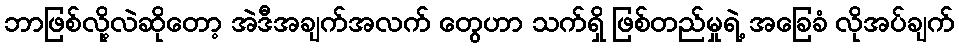
ဘာဖြစ်လို့လဲဆိုတော့ အဲဒီအချက်အလက် တွေဟာ သက်ရှိ ဖြစ်တည်မှုရဲ့ အခြေခံ လိုအပ်ချက်